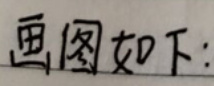
画图如下：